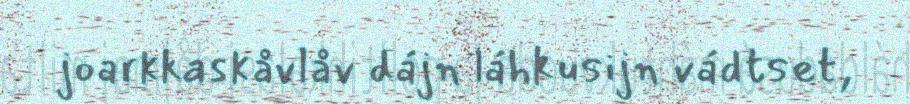
joarkkaskåvlåv dájn láhkusijn vádtset,